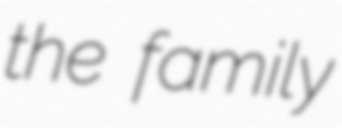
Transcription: the family